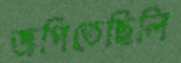
জপিতেছিলি